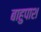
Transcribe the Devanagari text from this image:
बाहुपाश